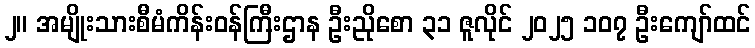
၂။ အမျိုးသားစီမံကိန်းဝန်ကြီးဌာန ဦးညိုစော ၃၁ ဇူလိုင် ၂၀၂၅ ၁၀၇ ဦးကျော်ထင်